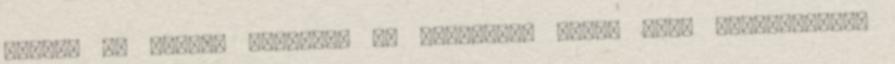
Megyei és Városi Könyvtár Az intézmény címe: 4400 Nyíregyháza,